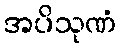
အပိသုဏံ